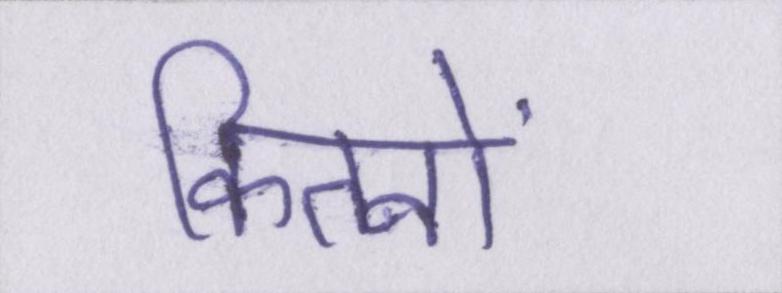
कितनों